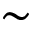
\sim